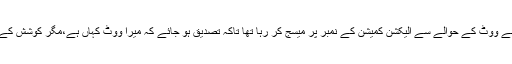
گزشتہ دو روز سے مَیں اپنے ووٹ کے حوالے سے الیکشن کمیشن کے نمبر پر میسج کر رہا تھا تاکہ تصدیق ہو جائے کہ میرا ووٹ کہاں ہے،مگر کوشش کے باوجود کوئی جواب نہ آیا۔